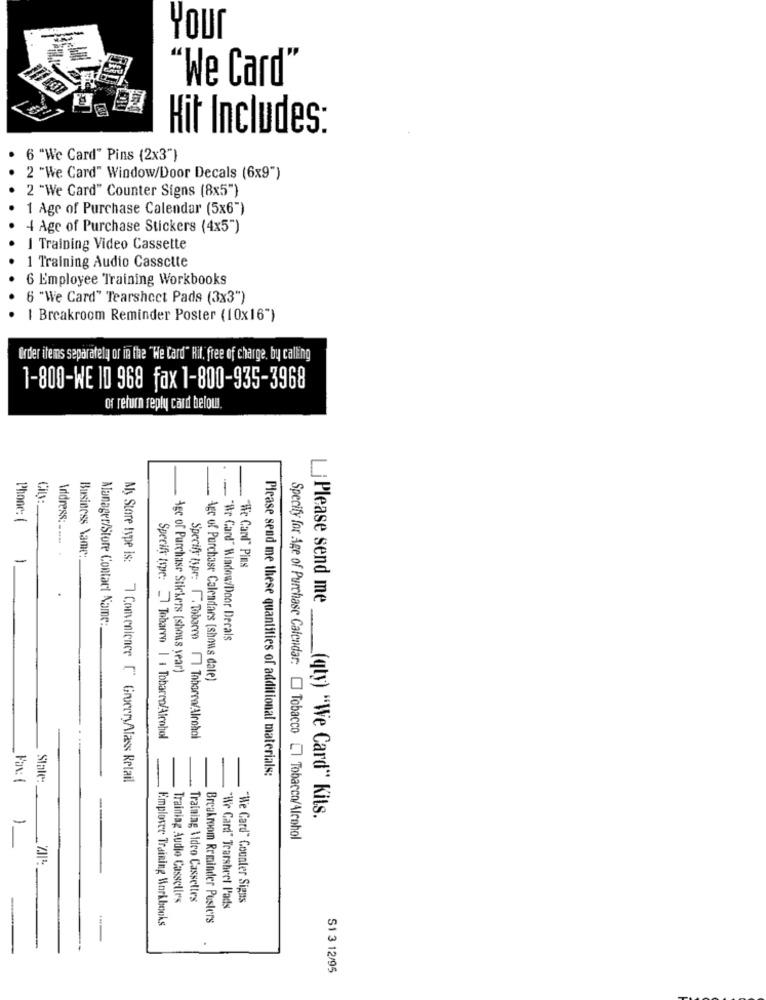
Your
"We Card'
Hit Includes:
6 "We Card" Pins (2x3")
2 "We Card" Window/Door Decals (6x9")
2 "We Card" Counter Signs (8x5")
1 Age of Purchase Calendar (5x6")
4 Age of Purchase Stickers (4x5")
I Training Video Cassette
1 Training Audio Cassette
6 Employee Training Workbooks
6 "We Card" Tearsheet Pads (3x3")
1 Breakroom Reminder Poster (10x16")
Order items separately or in the "He Card" Hit. free of charge. by calling
1-800-WE 10 968 fax 1-800-935-3968
of return reply card belous.
City :_
Phone: (
Address: -....
1
Business Name:
"We Canl" Pins
Manager/Store Contact Name:
"Br Card" Window/Door Decals
Age of Purchase Stickers [shows year)
Age of Purchase Calendars (shows date)
Specify tope: Tobarro | | Tobarro/Alcohol
Specify type: . Tobacco 7 Tohorta/Alcohol
Please send me these quantities of additional materials:
State:
My Store type is: 7 Comenience [" GroceryAlass Retail
Li Please send me __ (qty) "We Card" Kits.
1
Specify for Age of Purchase Calendar: [] Tobacco [] Tobacco/Alcohol
Training Audio Casselles
Training Video Cassettes
"We Card" Counter Signs
"Wir Card" Tearsheet Pads
Emploser Training Workbooks
Breakroom Reminder Pusters
S1 3 12/95